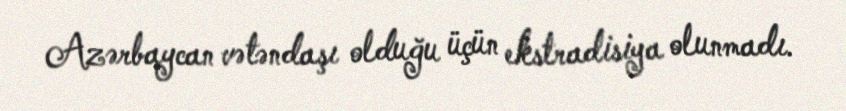
Azərbaycan vətəndaşı olduğu üçün ekstradisiya olunmadı.